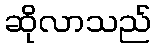
ဆိုလာသည်